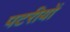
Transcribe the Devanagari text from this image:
पटरीयों